Report of the Imperial Institute of Veterinary Research, Muktesar
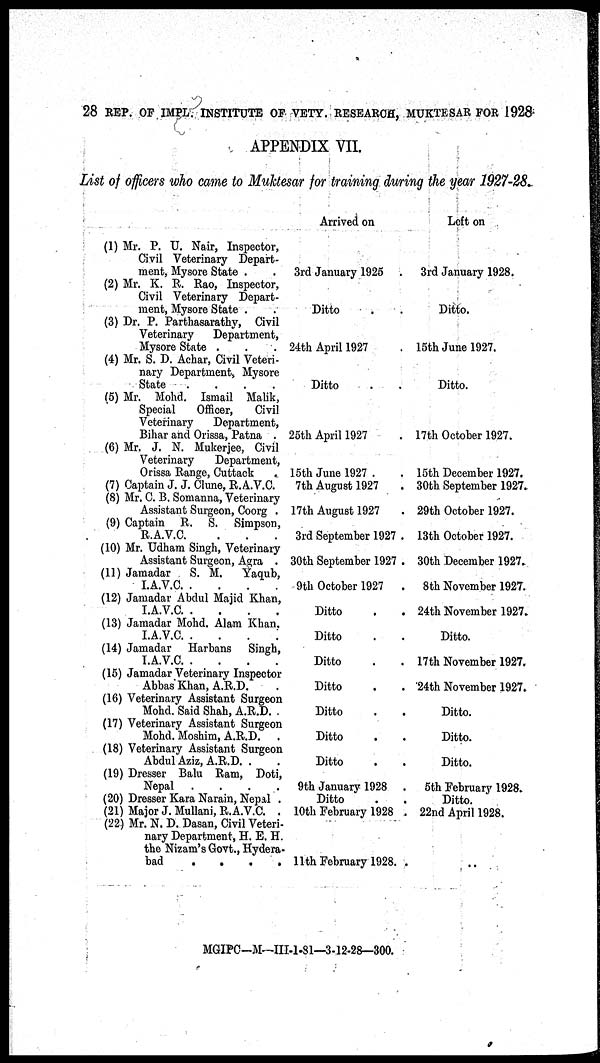
28 REP. OF IMPL. INSTITUTE OF VETY. RESEARCH, MUKTESAR FOR 1928
APPENDIX VII.
List of officers who came to Muktesar for training during the year 1927-28.
(1) Mr. P. U. Nair, Inspector,
Civil Veterinary Depart-
ment, Mysore State .
(2) Mr. K. R. Rao, Inspector,
Civil Veterinary Depart-
ment, Mysore State .
(3) Dr. P. Parthasarathy, Civil
Veterinary
Department,
Mysore State .
(4) Mr. S. D. Achar, Civil Veteri-
nary Department, Mysore
State
....
(5) Mr. Mohd. Ismail Malik,
Special
Officer,
Civil
Veterinary
Department,
Biliar and Orissa, Patna .
(6) Mr. J. N. Mukerjee, Civil
Veterinary
Department,
Orissa Range, Cuttack
(7) Captain J. J. Clune, R.A.V.C.
(8) Mr. C. B. Somanna, Veterinary
Assistant Surgeon, Coorg .
(9) Captain R. S. Simpson,
R.A.V.C.
(10) Mr. Udham Singh, Veterinary
Assistant Surgeon, Agra .
(11) Jamadar
S. M. Yaqub,
I.A.V.C
(12) Jamadar Abdul Majid Khan,
I.A.V.C
(13) Jamadar Mohd. Alain Khan.
I.A.V.C.
(14) Jamadar Harbans Singh,
I.A.V.C
(15) Jamadar Veterinary Inspector
Abbas Khan, A.R.D.
(16) Veterinary Assistant Surgeon
Mohd. Said Shab, A.R.D. .
(17) Veterinary Assistant Surgeon
Mohd. Moshim, A.R.D.
(18) Veterinary Assistant Surgeon
Abdul Aziz, A.R.D. .
(19) Dresser Balu Ram, Doti,
Nepal
....
(20) Dresser Kara Narain, Nepal .
(21) Major J. Mullani, R.A.V.C. .
(22) Mr. N. D. Dasan, Civil Veteri-
nary Department, H. E. H.
the Nizam's Govt., Hydera-
bad
.
.
.
.
Arrived on
3rd January 1925.
Ditto..
24th April 1927.
Ditto..
25th April 1927.
15th June 1927..
7th August 1927.
17th August 1927.
3rd September 1927.
30th September 1927.
9th October
1927..
Ditto..
Ditto..
Ditto..
Ditto..
Ditto..
Ditto..
Ditto..
9th January 1928
Ditto..
10th February 1928..
11th February 1928..
Left on
3rd January 1928.
Ditto.
15th June 1927.
Ditto.
17th October 1927.
15th December 1927.
30th September 1927.
29th October 1927.
13th October 1927.
30th December 1927.
8th November 1927.
24th November 1927.
Ditto.
17th November 1927.
24th November 1927.
Ditto.
Ditto.
Ditto.
5th February 1928.
Ditto.
22nd April 1928.
MGIPC-M—III-I-8l—3-12-28—300.